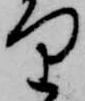
り